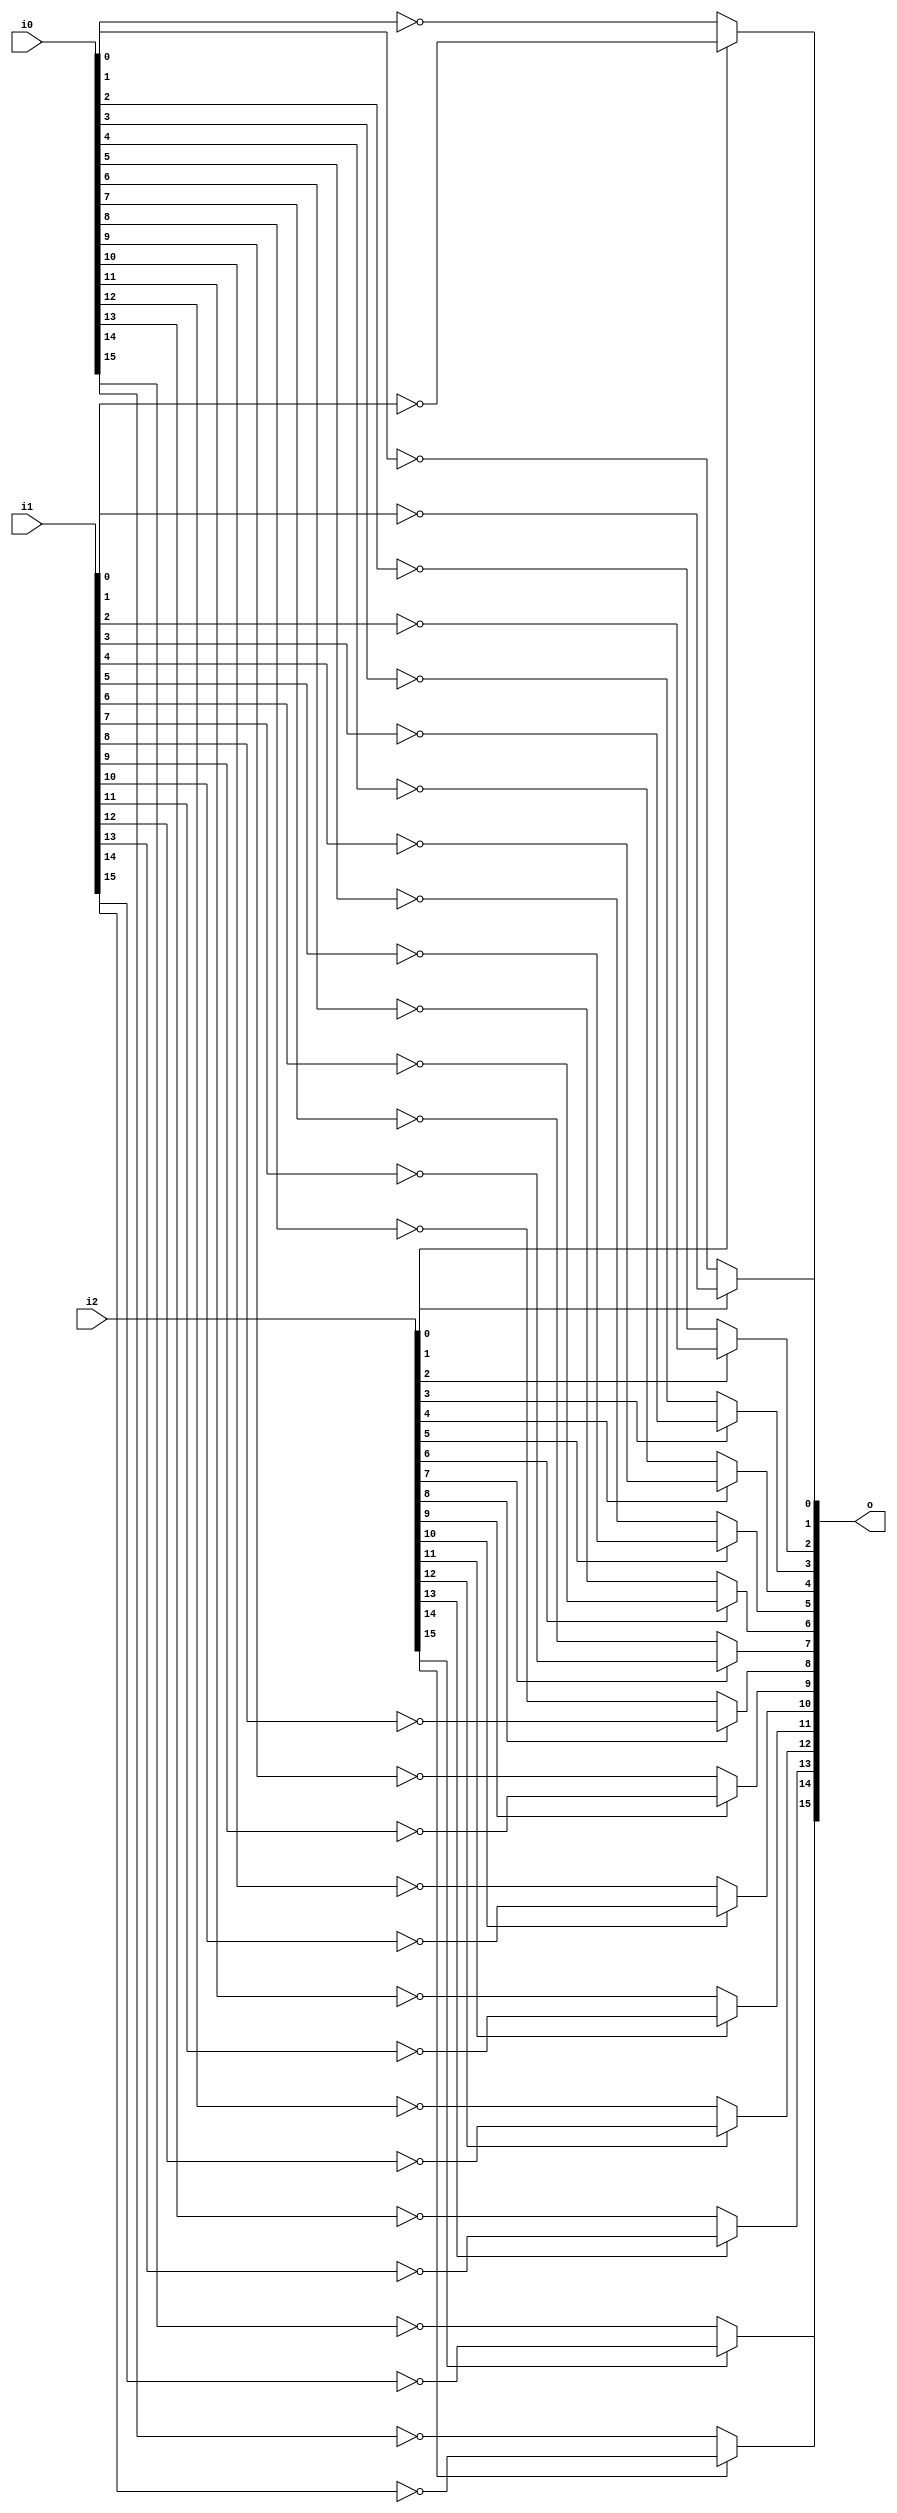
/* Generated by Yosys 0.27+9 (git sha1 101d19bb6, gcc 11.2.0-7ubuntu2 -fPIC -Os) */

(* top =  1  *)

module bsg_muxi2_gatestack(i0, i1, i2, o);
  wire _00_;
  wire _01_;
  wire _02_;
  wire _03_;
  wire _04_;
  wire _05_;
  wire _06_;
  wire _07_;
  wire _08_;
  wire _09_;
  wire _10_;
  wire _11_;
  wire _12_;
  wire _13_;
  wire _14_;
  wire _15_;
  wire _16_;
  wire _17_;
  wire _18_;
  wire _19_;
  wire _20_;
  wire _21_;
  wire _22_;
  wire _23_;
  wire _24_;
  wire _25_;
  wire _26_;
  wire _27_;
  wire _28_;
  wire _29_;
  wire _30_;
  wire _31_;
  
  input [15:0] i0;
  wire [15:0] i0;
  
  input [15:0] i1;
  wire [15:0] i1;
  
  input [15:0] i2;
  wire [15:0] i2;
  
  output [15:0] o;
  wire [15:0] o;
  assign _08_ = ~i0[0];
  assign _09_ = ~i1[0];
  assign o[0] = i2[0] ? _09_ : _08_;
  assign _10_ = ~i0[1];
  assign _11_ = ~i1[1];
  assign o[1] = i2[1] ? _11_ : _10_;
  assign _12_ = ~i0[2];
  assign _13_ = ~i1[2];
  assign o[2] = i2[2] ? _13_ : _12_;
  assign _14_ = ~i0[3];
  assign _15_ = ~i1[3];
  assign o[3] = i2[3] ? _15_ : _14_;
  assign _16_ = ~i0[4];
  assign _17_ = ~i1[4];
  assign o[4] = i2[4] ? _17_ : _16_;
  assign _18_ = ~i0[5];
  assign _19_ = ~i1[5];
  assign o[5] = i2[5] ? _19_ : _18_;
  assign _20_ = ~i0[6];
  assign _21_ = ~i1[6];
  assign o[6] = i2[6] ? _21_ : _20_;
  assign _22_ = ~i0[7];
  assign _23_ = ~i1[7];
  assign o[7] = i2[7] ? _23_ : _22_;
  assign _24_ = ~i0[8];
  assign _25_ = ~i1[8];
  assign o[8] = i2[8] ? _25_ : _24_;
  assign _26_ = ~i0[9];
  assign _27_ = ~i1[9];
  assign o[9] = i2[9] ? _27_ : _26_;
  assign _28_ = ~i0[10];
  assign _29_ = ~i1[10];
  assign o[10] = i2[10] ? _29_ : _28_;
  assign _30_ = ~i0[11];
  assign _31_ = ~i1[11];
  assign o[11] = i2[11] ? _31_ : _30_;
  assign _00_ = ~i0[12];
  assign _01_ = ~i1[12];
  assign o[12] = i2[12] ? _01_ : _00_;
  assign _02_ = ~i0[13];
  assign _03_ = ~i1[13];
  assign o[13] = i2[13] ? _03_ : _02_;
  assign _04_ = ~i0[14];
  assign _05_ = ~i1[14];
  assign o[14] = i2[14] ? _05_ : _04_;
  assign _06_ = ~i0[15];
  assign _07_ = ~i1[15];
  assign o[15] = i2[15] ? _07_ : _06_;
endmodule